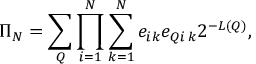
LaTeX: \Pi _ { N } = \sum _ { Q } \prod _ { i = 1 } ^ { N } \sum _ { k = 1 } ^ { N } e _ { i k } e _ { Q i \, k } 2 ^ { - L ( Q ) } ,